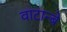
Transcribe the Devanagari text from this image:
वाटान्बे